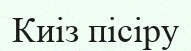
Киіз пісіру